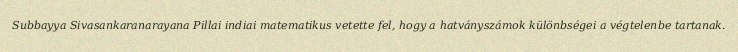
Subbayya Sivasankaranarayana Pillai indiai matematikus vetette fel, hogy a hatványszámok különbségei a végtelenbe tartanak.